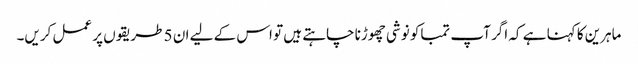
ماہرین کا کہنا ہے کہ اگر آپ تمباکو نوشی چھوڑنا چاہتے ہیں تو اس کے لیے ان 5 طریقوں پر عمل کریں۔